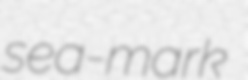
sea-mark